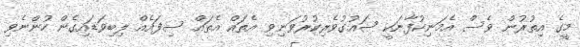
މީގެ އިތުރުން ވެސް އެމަނިކުފާނަކީ ޝައުގުވެރިކުރުވަނިވި އެތައް އެތައް ސިފައެއް ލިބިވަޑައިގެން ހުންނެވި